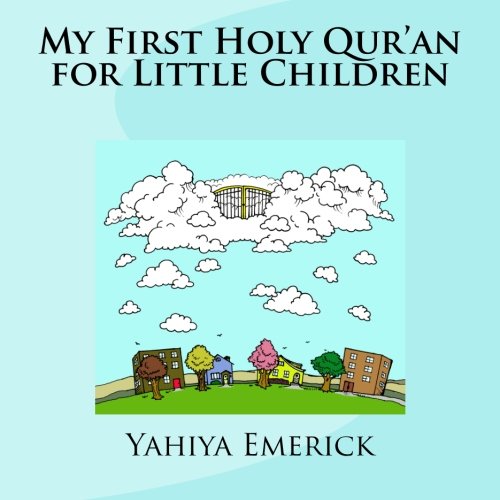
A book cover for My First Holy Qur'an for Little Children; Yahiya Emerick; Religion & Spirituality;